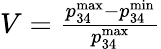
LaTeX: \begin{array}{r}{V=\frac{p_{34}^{\mathrm{max}}-p_{34}^{\mathrm{min}}}{p_{34}^{\mathrm{max}}}}\end{array}